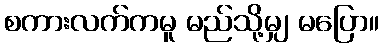
စကားလက်ကမူ မည်သို့မျှ မပြော။